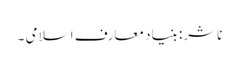
ناشر: بنیاد معارف اسلامی ۔